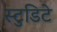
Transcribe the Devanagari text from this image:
स्टुडिटे